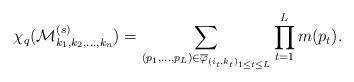
LaTeX: \begin{align*}\chi_{q}(\mathcal{M}^{(s)}_{k_{1},k_{2},\ldots,k_{n}})=\sum_{(p_{1},\ldots,p_{L})\in \overline{\varphi}_{(i_{t},k_{t})_{1\leq t\leq L}}}\prod_{t=1}^{L}m(p_{t}).\end{align*}